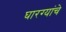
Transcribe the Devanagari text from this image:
घारग्यांचे